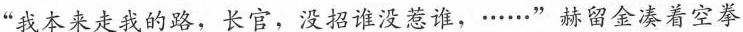
“我本来走我的路，长官，没招谁没惹谁，·.··..”赫留金凑着空拳